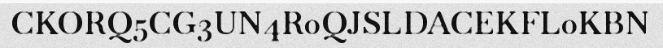
CKORQ5CG3UN4R0QJSLDACEKFL0KBN